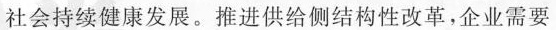
社会持续健康发展。推进供给侧结构性改革，企业需要